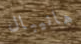
هانيبال